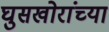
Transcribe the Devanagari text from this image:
घुसखोरांच्या